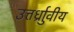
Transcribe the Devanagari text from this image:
उत्तर्ध्राुवीय